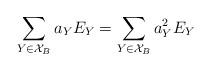
LaTeX: \begin{align*}\sum_{Y\in \mathcal{X}_B}{a_Y E_Y}=\sum_{Y\in \mathcal{X}_B}{a_Y^2 E_Y}\end{align*}